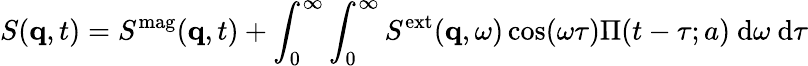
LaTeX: S(\mathbf{q},t)=S^{\mathrm{mag}}(\mathbf{q},t)+\int_{0}^{\infty}\int_{0}^{\infty}S^{\mathrm{ext}}(\mathbf{q},\omega)\cos(\omega\tau)\Pi(t-\tau;a)\ \mathrm{d}\omega\ \mathrm{d}\tau